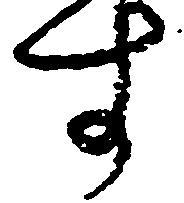
す